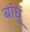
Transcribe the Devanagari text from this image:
बांधूं